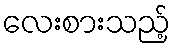
လေးစားသည့်